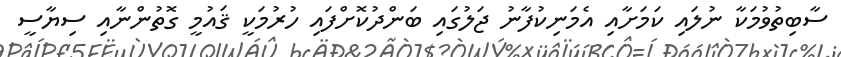
ސާބިތުވުމަކާ ނުލައި ކަމަށާއި އެމަނިކުފާނު ޖަލުގައި ބަންދުކޮށްފައި ހުރުމަކީ ޤައުމީ ގޮތުންނާއި ސިޔާސީ